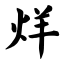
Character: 烊